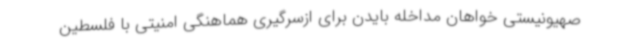
صهیونیستی خواهان مداخله بایدن برای ازسرگیری هماهنگی امنیتی با فلسطین